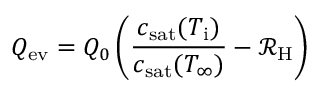
Q _ { \mathrm { e v } } = Q _ { 0 } \left( \frac { c _ { \mathrm { s a t } } ( T _ { \mathrm { i } } ) } { c _ { \mathrm { s a t } } ( T _ { \infty } ) } - \mathcal { R } _ { \mathrm { H } } \right)